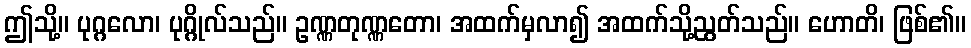
ဤသို့။ ပုဂ္ဂလော၊ ပုဂ္ဂိုလ်သည်။ ဥဏ္ဏတုဏ္ဏတော၊ အထက်မှလာ၍ အထက်သို့ညွတ်သည်။ ဟောတိ၊ ဖြစ်၏။